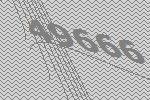
49666